Treatise on elephants
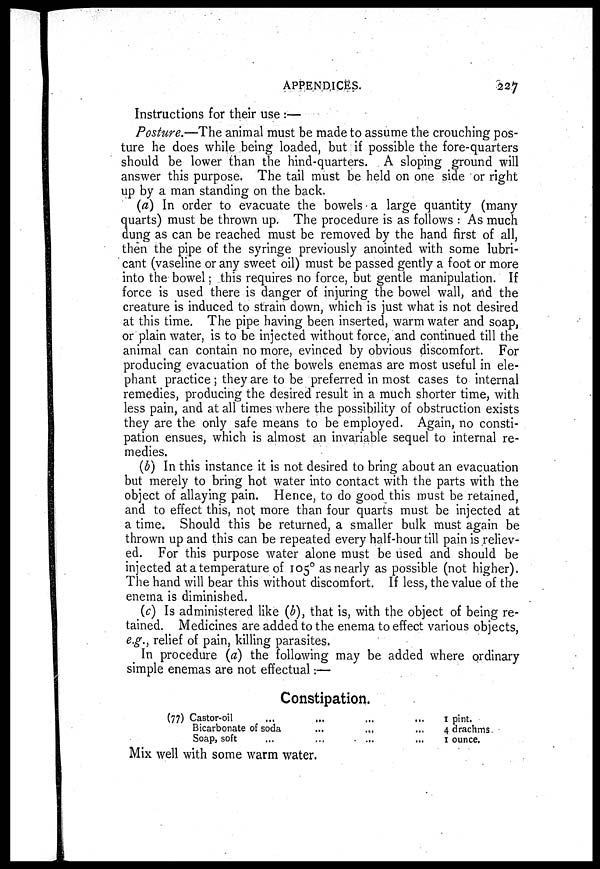
APPENDICES.
227
Instructions for their use :—
Posture.—The animal must be made to assume the crouching pos-
ture he does while being loaded, but if possible the fore-quarters
should be lower than the hind-quarters. A sloping ground will
answer this purpose. The tail must be held on one side or right
up by a man standing on the back.
(a) In order to evacuate the bowels a large quantity (many
quarts) must be thrown up. The procedure is as follows : As much
dung as can be reached must be removed by the hand first of all,
then the pipe of the syringe previously anointed with some lubri-
cant (vaseline or any sweet oil) must be passed gently a foot or more
into the bowel ; this requires no force, but gentle manipulation. If
force is used there is danger of injuring the bowel wall, and the
creature is induced to strain down, which is just what is not desired
at this time. The pipe having been inserted, warm water and soap,
or plain water, is to be injected without force, and continued till the
animal can contain no more, evinced by obvious discomfort. For
producing evacuation of the bowels enemas are most useful in ele-
phant practice ; they are to be preferred in most cases to internal
remedies, producing the desired result in a much shorter time, with
less pain, and at all times where the possibility of obstruction exists
they are the only safe means to be employed. Again, no consti-
pation ensues, which is almost an invariable sequel to internal re-
medies.
(b) In this instance it is not desired to bring about an evacuation
but merely to bring hot water into contact with the parts with the
object of allaying pain. Hence, to do good this must be retained,
and to effect this, not more than four quarts must be injected at
a time. Should this be returned, a smaller bulk must again be
thrown up and this can be repeated every half-hour till pain is reliev-
ed. For this purpose water alone must be used and should be
injected at a temperature of 105 0 as nearly as possible (not higher).
The hand will bear this without discomfort. If less, the value of the
enema is diminished.
(c) Is administered like (b), that is, with the object of being re-
tained. Medicines are added to the enema to effect various objects,
e.g., relief of pain, killing parasites.
In procedure (a) the following may be added where ordinary
simple enemas are not effectual:—
Constipation.
(77) Castor-oil
...
...
...
...
Bicarbonate of soda
...
...
...
Soap, soft
...
...
...
...
1 pint.
4 drachms
1 ounce.
Mix well with some warm water.